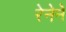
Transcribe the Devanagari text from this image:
रेनेने